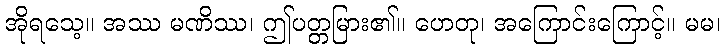
အိုရသေ့။ အဿ မဏိဿ၊ ဤပတ္တမြား၏။ ဟေတု၊ အကြောင်းကြောင့်။ မမ၊